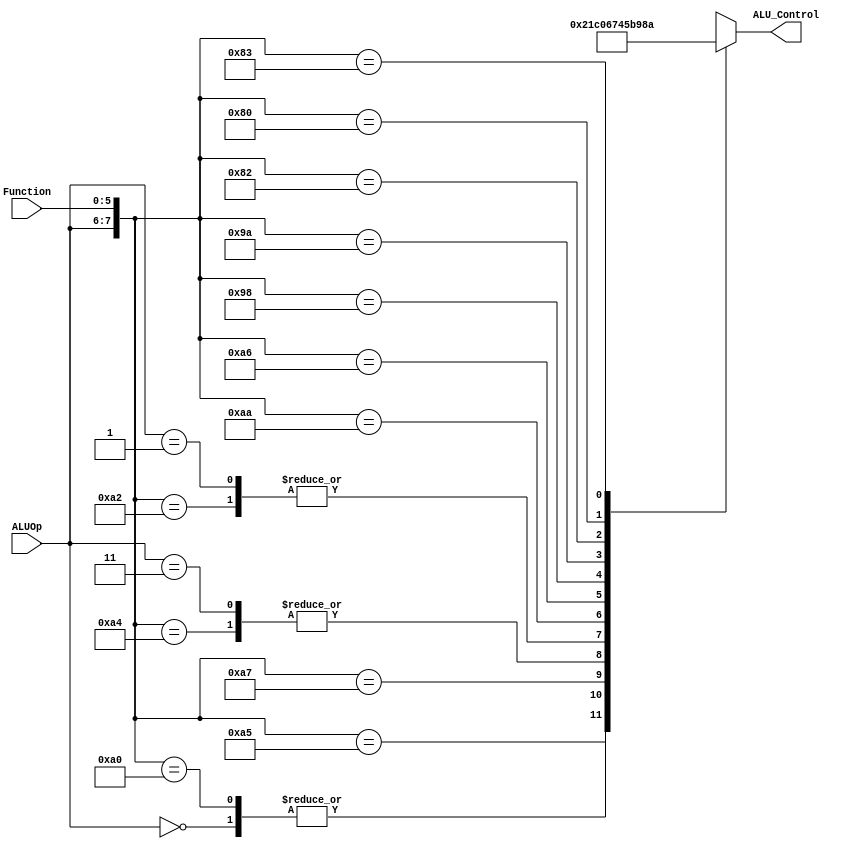
`timescale 1ns / 1ps
//////////////////////////////////////////////////////////////////////////////////
// Company: 
// Engineer: 
// 
// Design Name: 
// Module Name: ALUControl
// Project Name: 
// Target Devices: 
// Tool Versions: 
// Description: 
// 
// Dependencies: 
// 
// Revision:
// Revision 0.01 - File Created
// Additional Comments:
// 
//////////////////////////////////////////////////////////////////////////////////


module ALUControl(
    input [1:0] ALUOp, 
    input [5:0] Function,
    output reg[3:0] ALU_Control);  

    wire [7:0] ALUControlIn;  
    
    assign ALUControlIn = {ALUOp,Function};  
    
    always @(ALUControlIn)  
     
    casex (ALUControlIn)
        8'b00xxxxxx: ALU_Control=4'b0010;   // addi, lw, sw
        8'b10100000: ALU_Control=4'b0010;   // add
        8'b10100100: ALU_Control=4'b0000;   // and  
        8'b10100101: ALU_Control=4'b0001;   // or  
        8'b10100010: ALU_Control=4'b0110;   // sub
        8'b10100111: ALU_Control=4'b1100;   // nor
        8'b11xxxxxx: ALU_Control=4'b0000;   // andi
        8'b01xxxxxx: ALU_Control=4'b0110;   // beq
        8'b10101010: ALU_Control=4'b0111;   // slt
        8'b10100110: ALU_Control=4'b0100;   // xor 
        8'b10011000: ALU_Control=4'b0101;   // mult
        8'b10011010: ALU_Control=4'b1011;   // div
        8'b10000010: ALU_Control=4'b1001;   // srl
        8'b10000000: ALU_Control=4'b1000;   // sll
        8'b10000011: ALU_Control=4'b1010;   // sra
        8'bxxxxxxxx: ALU_Control=4'bxxxx;   // jump
        
        default: ALU_Control=4'b0000;  
    endcase  
endmodule